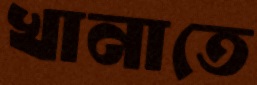
খানাতে